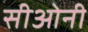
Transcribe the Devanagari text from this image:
सीओनी